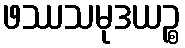
ဖဿသမုဒယဉ္စ